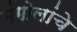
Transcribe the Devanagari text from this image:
मंगोलांचे